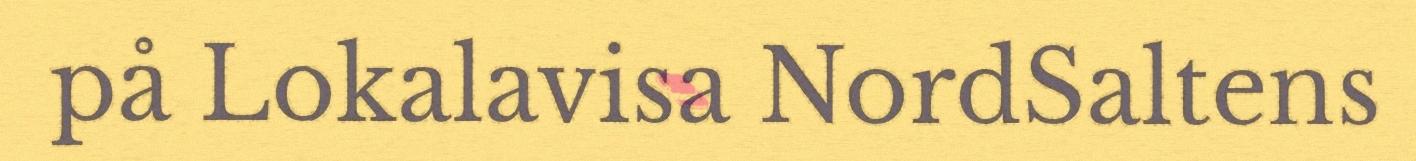
på Lokalavisa NordSaltens